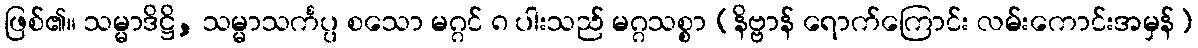
ဖြစ်၏။ သမ္မာဒိဋ္ဌိ, သမ္မာသင်္ကပ္ပ စသော မဂ္ဂင် ၈ ပါးသည် မဂ္ဂသစ္စာ (နိဗ္ဗာန် ရောက်ကြောင်း လမ်းကောင်းအမှန်)